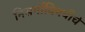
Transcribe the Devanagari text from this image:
निसर्गाविषयीचे